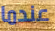
عندما